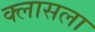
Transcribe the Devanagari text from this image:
क्लासला